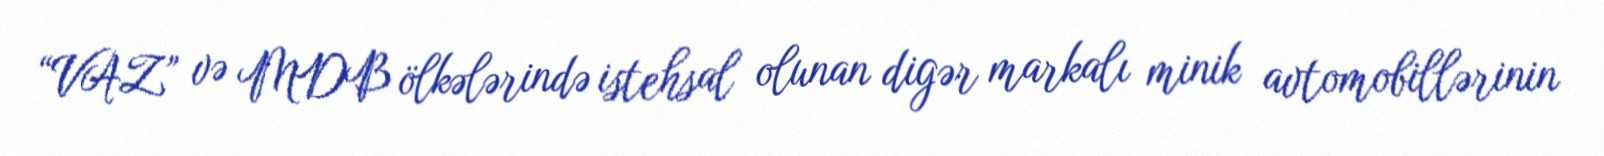
“VAZ” və MDB ölkələrində istehsal olunan digər markalı minik avtomobillərinin